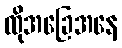
ထိုအခြေအနေ